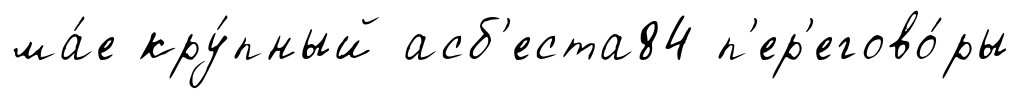
ма́е кру́пный асб'еста84 п'ер'егово́ры